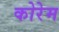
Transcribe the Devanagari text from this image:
कोरेम